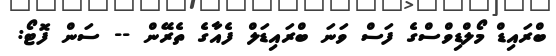
ބްރައިޑް މޯލްޑިވްސްގެ ފަސް ވަނަ ބްރައިޑަލް ފެއާގެ ތެރޭން -- ސަން ފޮޓޯ: